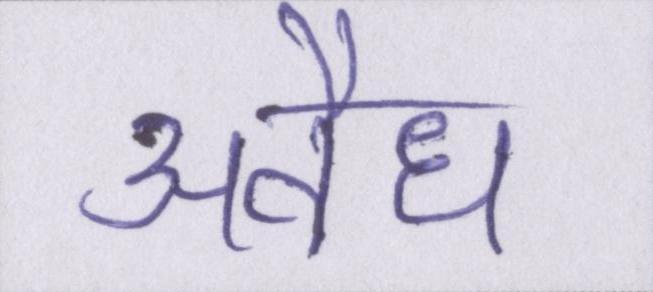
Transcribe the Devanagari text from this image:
अवैध